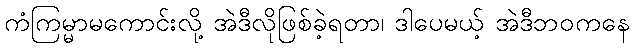
ကံကြမ္မာမကောင်းလို့ အဲဒီလိုဖြစ်ခဲ့ရတာ၊ ဒါပေမယ့် အဲဒီဘဝကနေ